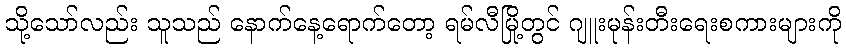
သို့သော်လည်း သူသည် နောက်နေ့ရောက်တော့ ရမ်လီမြို့တွင် ဂျူးမုန်းတီးရေးစကားများကို